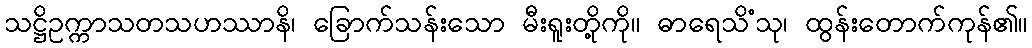
သဋ္ဌိဥက္ကာသတသဟဿာနိ၊ ခြောက်သန်းသော မီးရူးတို့ကို။ ဓာရေသိံသု၊ ထွန်းတောက်ကုန်၏။